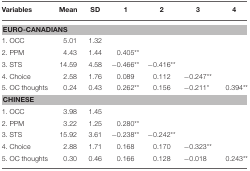
<table><thead><tr><td><b>Variables</b></td><td><b>Mean</b></td><td><b>SD</b></td><td><b>1</b></td><td><b>2</b></td><td><b>3</b></td><td><b>4</b></td></tr></thead><tbody><tr><td colspan="7"><b>EURO-CANADIANS</b></td></tr><tr><td>1. OCC</td><td>5.01</td><td>1.32</td><td></td><td></td><td></td><td></td></tr><tr><td>2. PPM</td><td>4.43</td><td>1.44</td><td>0.405<sup>**</sup></td><td></td><td></td><td></td></tr><tr><td>3. STS</td><td>14.59</td><td>4.58</td><td>−0.466<sup>**</sup></td><td>−0.416<sup>**</sup></td><td></td><td></td></tr><tr><td>4. Choice</td><td>2.58</td><td>1.76</td><td>0.089</td><td>0.112</td><td>−0.247<sup>**</sup></td><td></td></tr><tr><td>5. OC thoughts</td><td>0.24</td><td>0.43</td><td>0.262<sup>**</sup></td><td>0.156</td><td>−0.211<sup>*</sup></td><td>0.394<sup>**</sup></td></tr><tr><td colspan="7"><b>CHINESE</b></td></tr><tr><td>1. OCC</td><td>3.98</td><td>1.45</td><td></td><td></td><td></td><td></td></tr><tr><td>2. PPM</td><td>3.22</td><td>1.25</td><td>0.280<sup>**</sup></td><td></td><td></td><td></td></tr><tr><td>3. STS</td><td>15.92</td><td>3.61</td><td>−0.238<sup>**</sup></td><td>−0.242<sup>**</sup></td><td></td><td></td></tr><tr><td>4. Choice</td><td>2.88</td><td>1.71</td><td>0.168</td><td>0.170</td><td>−0.323<sup>**</sup></td><td></td></tr><tr><td>5. OC thoughts</td><td>0.30</td><td>0.46</td><td>0.166</td><td>0.128</td><td>−0.018</td><td>0.243<sup>**</sup></td></tr></tbody></table>